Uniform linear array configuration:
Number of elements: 48
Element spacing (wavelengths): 0.5
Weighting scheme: exponential
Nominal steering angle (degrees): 30
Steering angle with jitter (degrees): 29.047
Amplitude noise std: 0.05
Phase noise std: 0.05

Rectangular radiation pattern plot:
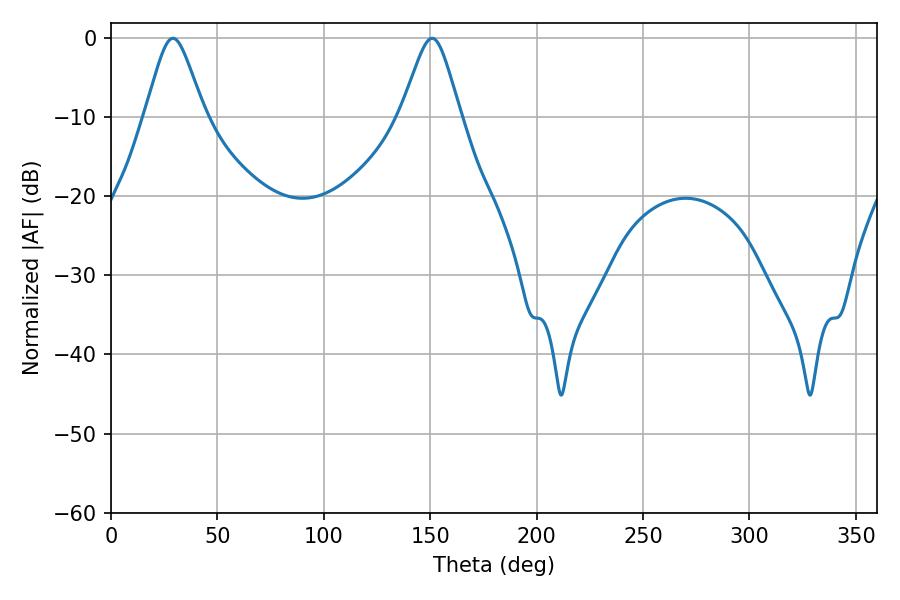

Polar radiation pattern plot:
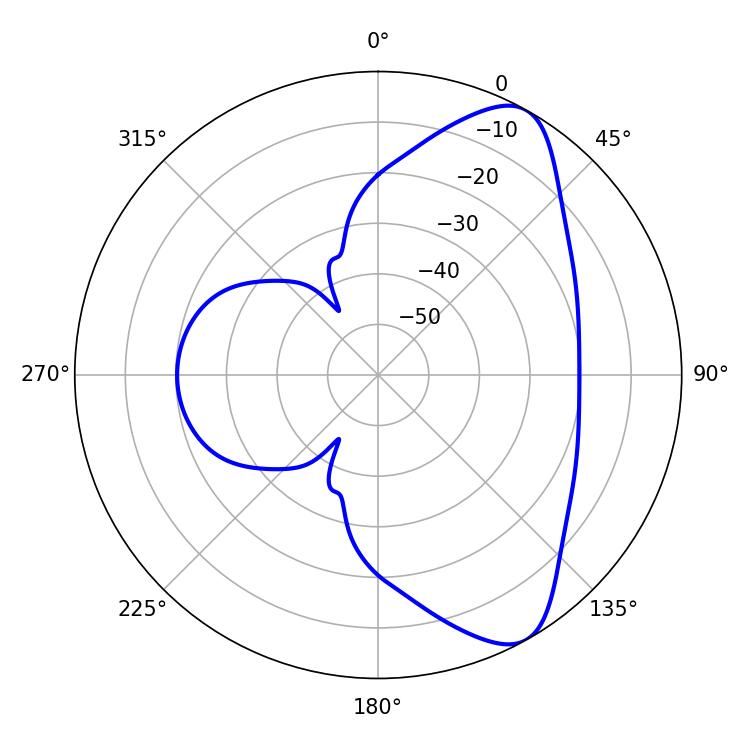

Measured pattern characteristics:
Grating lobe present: FALSE
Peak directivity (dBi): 8.361
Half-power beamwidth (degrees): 13.32
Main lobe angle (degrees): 29.16